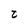
Character: t